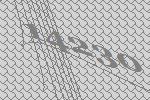
14230